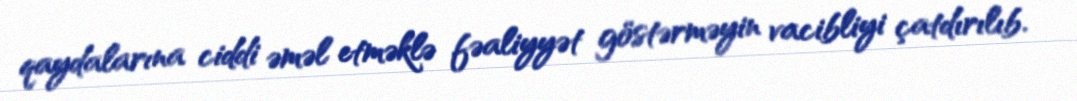
qaydalarına ciddi əməl etməklə fəaliyyət göstərməyin vacibliyi çatdırılıb.